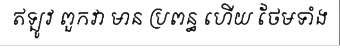
ឥឡូវ ពួកវា មាន ប្រពន្ធ ហើយ ថែមទាំង